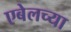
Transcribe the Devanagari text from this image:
एबेलच्या